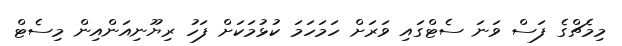
މިމެޗްގެ ފަސް ވަނަ ސެޓްގައި ވަރަށް ހަމަހަމަ ކުޅުމަކަށް ފަހު ރިޔޫނިއަންއިން މިސެޓް